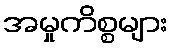
အမှုကိစ္စများ